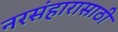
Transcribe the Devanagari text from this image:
नरसंहारासाठी